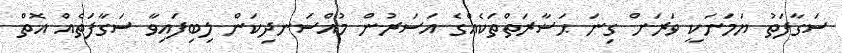
ސަގާފަތު ޔަމަނަކީ ވަރަށް ގިނަ ޙަޟާރަތްތަކެއްގެ އަސަރުން މުއްސަނދިކަން ލިބިފައިވާ ސަގާފަތެއް އޮތް